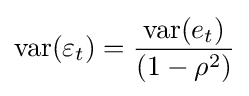
\mathrm {var} (\varepsilon _{t})={\frac {\mathrm {var} (e_{t})}{(1-\rho ^{2})}}